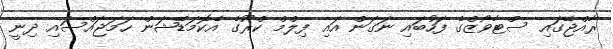
ރާއްޖޭގައި ސްޓާވޯޒްގެ ފަހުބައި ނަގަން އައި ފިލްމް ކްރޫގެ އެކޮމަޑޭޝަން ހަމަޖައްސައި ދިނީ